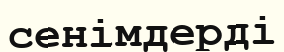
сенімдерді